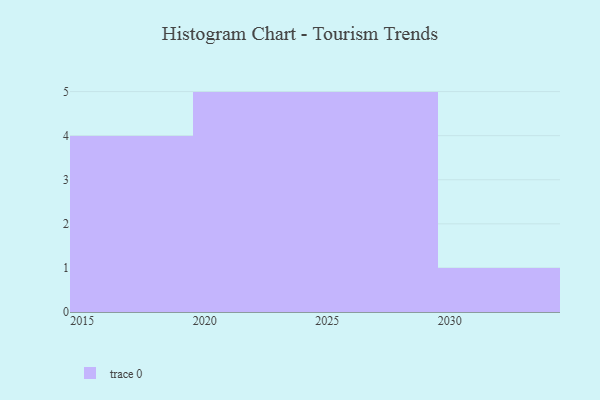
{"axis": {"x": "Year", "y": "Production Output"}, "legend": [""], "data": [{"x": "2026", "y": 31, "type": ""}, {"x": "2028", "y": 9, "type": ""}, {"x": "2022", "y": 1, "type": ""}, {"x": "2030", "y": 59, "type": ""}, {"x": "2025", "y": 8, "type": ""}, {"x": "2020", "y": 74, "type": ""}, {"x": "2021", "y": 36, "type": ""}, {"x": "2024", "y": 60, "type": ""}, {"x": "2016", "y": 72, "type": ""}, {"x": "2019", "y": 79, "type": ""}, {"x": "2027", "y": 100, "type": ""}, {"x": "2029", "y": 9, "type": ""}, {"x": "2017", "y": 58, "type": ""}, {"x": "2023", "y": 70, "type": ""}, {"x": "2018", "y": 76, "type": ""}]}